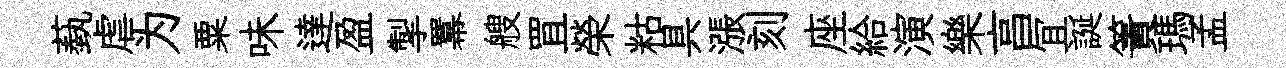
蓺虐为粟味達盈掣羃艘罝榮䊀具漲刻座給演樂亯冝誕簀瑪孟